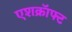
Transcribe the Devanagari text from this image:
एशक्रॉफ्ट